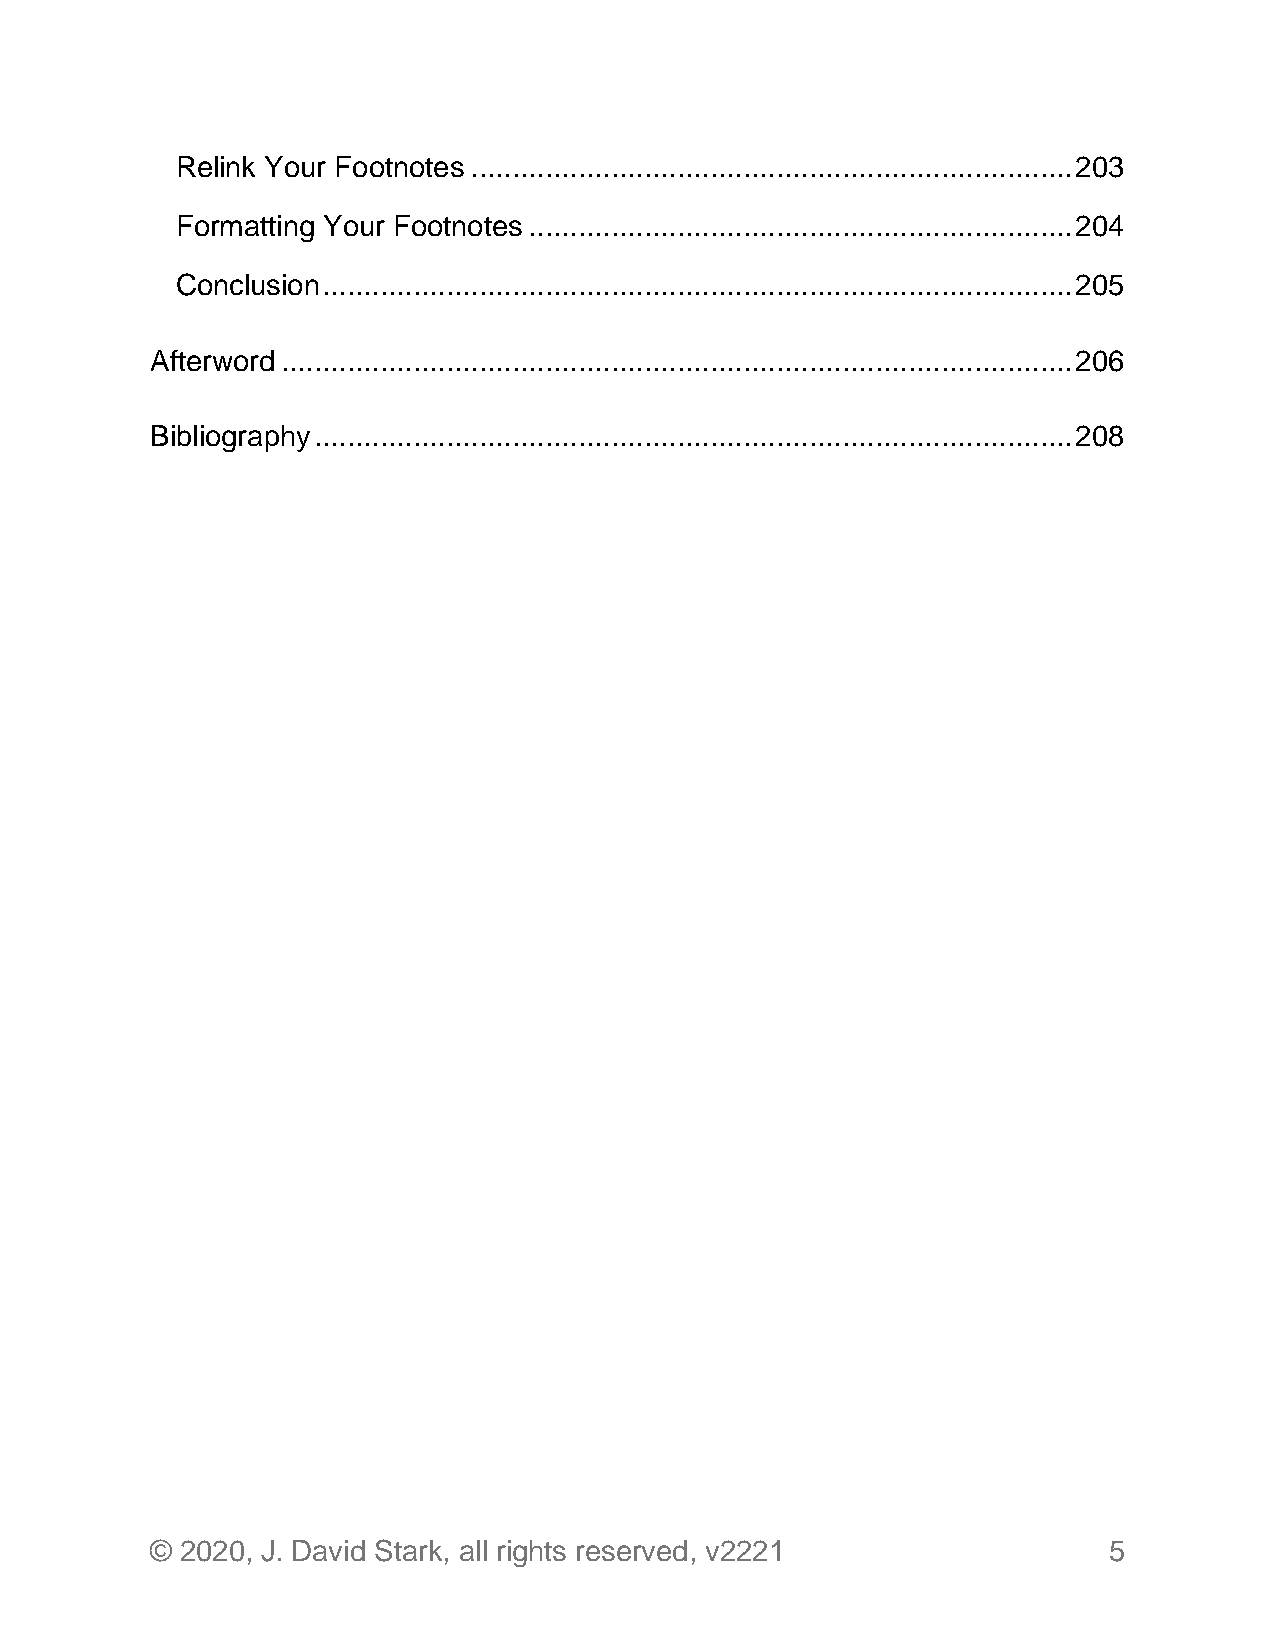
Relink Your Footnotes ......................................................................... 203
 Formatting Your Footnotes .................................................................. 204
 Conclusion ........................................................................................... 205
 Afterword ................................................................................................ 206
 Bibliography ............................................................................................ 208
 © 2020, J. David Stark, all rights reserved, v2221             5